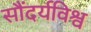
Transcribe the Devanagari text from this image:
सौंदर्यविश्व